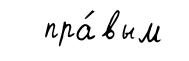
пра́вым